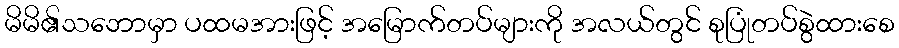
မိမိ၏သဘောမှာ ပထမအားဖြင့် အမြောက်တပ်များကို အလယ်တွင် စုပြုံတပ်စွဲထားစေ